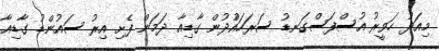
މިއަދު ހަވީރު އުސްފަސްގަނޑު ސަރަހައްުދުން ގާޑިއާ ދަމަން ފެށި އިރު ސައުންޑު ގާޑިއާ